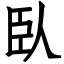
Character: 臥